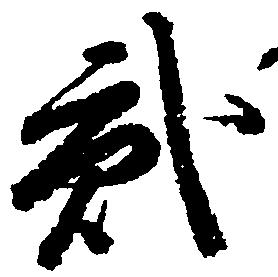
弐